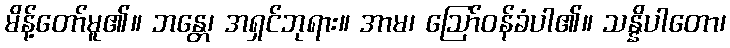
မိန့်တော်မူ၏။ ဘန္တေ၊ အရှင်ဘုရား။ အာမ၊ ဩော်ဝန်ခံပါ၏။ သန္နိပါတော၊